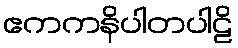
ဧကကနိပါတပါဠိ